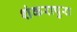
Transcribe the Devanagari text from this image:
शंकरापुरा